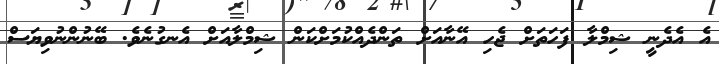
އެ އެދެނީ ޝިމްލާ ފަހަތަށް ޖެހި އޭނާއަށް ތަންދެއްކުމަށްކަން ޝިމްލާއަށް އެނގުނެވެ. ބޭނުންނުވިޔަސް